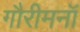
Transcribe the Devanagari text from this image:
गौरीमनॉ